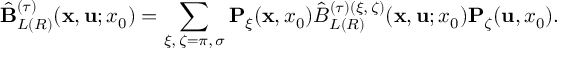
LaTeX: \hat { \bf B } _ { L ( R ) } ^ { ( \tau ) } ( { \bf x } , { \bf u } ; x _ { 0 } ) = \sum _ { \xi , \, \zeta = \pi , \, \sigma } { \bf P } _ { \xi } ( { \bf x } , x _ { 0 } ) \hat { B } _ { L ( R ) } ^ { ( \tau ) ( \xi , \, \zeta ) } ( { \bf x } , { \bf u } ; x _ { 0 } ) { \bf P } _ { \zeta } ( { \bf u } , x _ { 0 } ) .